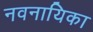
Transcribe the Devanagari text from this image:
नवनायिका